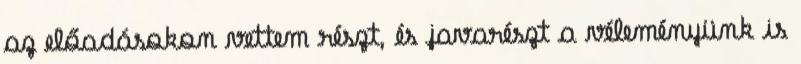
az előadásokon vettem részt, és javarészt a véleményünk is